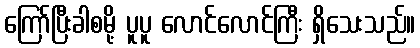
ကြော်ပြီးခါစမို့ ပူပူ လောင်လောင်ကြီး ရှိသေးသည်။